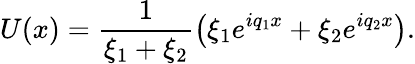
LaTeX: U(x)=\frac{1}{\xi_{1}+\xi_{2}}\left(\xi_{1}e^{iq_{1}x}+\xi_{2}e^{iq_{2}x}\right).